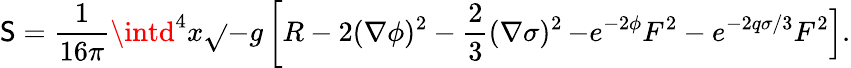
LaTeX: \mathsf{S}=\frac{{1}}{{16\pi}}\intd^{4}x\sqrt{}{{-g}}\left[R-2(\nabla\phi)^{2}-\frac{{2}}{{3}}(\nabla\sigma)^{2}\right.\left.-e^{-2\phi}F^{2}-e^{-2q\sigma/3}F^{2}\right].